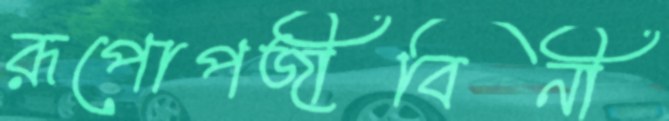
রূপোপজীবিনী